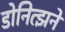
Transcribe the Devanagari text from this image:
डोनित्झने